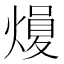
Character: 𪹢